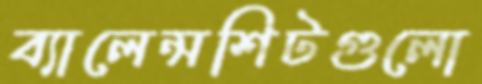
ব্যালেন্সশিটগুলো